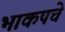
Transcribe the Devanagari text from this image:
भाकपचे